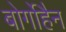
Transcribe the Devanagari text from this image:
बोर्गोहैन